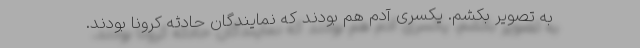
به تصویر بکشم. یکسری آدم هم بودند که نمایندگان حادثه کرونا بودند.